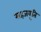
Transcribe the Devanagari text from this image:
सहजवृति